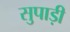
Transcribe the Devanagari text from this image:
सुपाड़ी